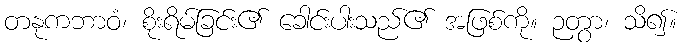
တနုကဘာဝံ၊ စိုးရိမ်ခြင်း၏ ခေါင်းပါးသည်၏ အဖြစ်ကို။ ဉတွာ၊ သိ၍။